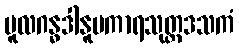
မူလဂန္ဓဒါနူပကာရသုတ္တဒသကံ